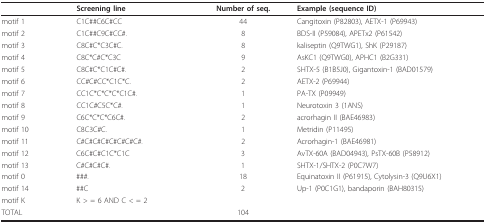
<table><thead><tr><td></td><td><b>Screening line</b></td><td><b>Number of seq.</b></td><td><b>Example (sequence ID)</b></td></tr></thead><tbody><tr><td>motif 1</td><td>C1C##C6C#CC</td><td>44</td><td>Cangitoxin (P82803), AETX-1 (P69943)</td></tr><tr><td>motif 2</td><td>C1C##C9C#CC#.</td><td>8</td><td>BDS-II (P59084), APETx2 (P61542)</td></tr><tr><td>motif 3</td><td>C8C#C*C3C#C.</td><td>8</td><td>kaliseptin (Q9TWG1), ShK (P29187)</td></tr><tr><td>motif 4</td><td>C8C*C#C*C3C</td><td>9</td><td>AsKC1 (Q9TWG0), APHC1 (B2G331)</td></tr><tr><td>motif 5</td><td>C8C#C*C1C#C#.</td><td>2</td><td>SHTX-5 (B1B5J0), Gigantoxin-1 (BAD01579)</td></tr><tr><td>motif 6</td><td>CC#C#CC*C1C*C.</td><td>2</td><td>AETX-2 (P69944)</td></tr><tr><td>motif 7</td><td>CC1C*C*C*C*C1C#.</td><td>1</td><td>PA-TX (P09949)</td></tr><tr><td>motif 8</td><td>CC1C#C5C*C#.</td><td>1</td><td>Neurotoxin 3 (1ANS)</td></tr><tr><td>motif 9</td><td>C6C*C*C*C6C#.</td><td>2</td><td>acrorhagin II (BAE46983)</td></tr><tr><td>motif 10</td><td>C8C3C#C.</td><td>1</td><td>Metridin (P11495)</td></tr><tr><td>motif 11</td><td>C#C#C#C#C#C#C#C#.</td><td>2</td><td>Acrorhagin-1 (BAE46981)</td></tr><tr><td>motif 12</td><td>C6C#C#C1C*C1C</td><td>3</td><td>AvTX-60A (BAD04943), PsTX-60B (P58912)</td></tr><tr><td>motif 13</td><td>C#C#C#C#.</td><td>1</td><td>SHTX-1/SHTX-2 (P0C7W7)</td></tr><tr><td>motif 0</td><td>###.</td><td>18</td><td>Equinatoxin II (P61915), Cytolysin-3 (Q9U6X1)</td></tr><tr><td>motif 14</td><td>##C</td><td>2</td><td>Up-1 (P0C1G1), bandaporin (BAH80315)</td></tr><tr><td>motif K</td><td>K &gt; = 6 AND C &lt; = 2</td><td></td><td></td></tr><tr><td>TOTAL</td><td></td><td>104</td><td></td></tr></tbody></table>